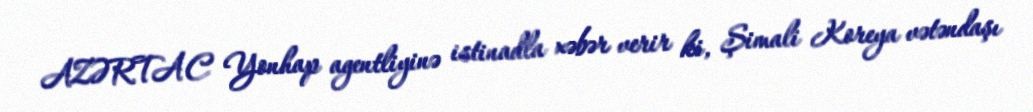
AZƏRTAC Yonhap agentliyinə istinadla xəbər verir ki, Şimali Koreya vətəndaşı